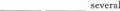
____severnl